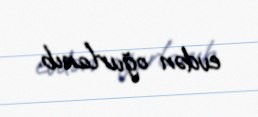
evdən oğurlanıb.